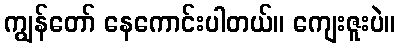
ကျွန်တော် နေကောင်းပါတယ်။ ကျေးဇူးပဲ။